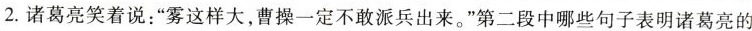
2.诸葛亮笑着说：”雾这样大，曹操一定不敢派兵出来。”第二段中哪些句子表明葛亮的